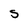
Character: S